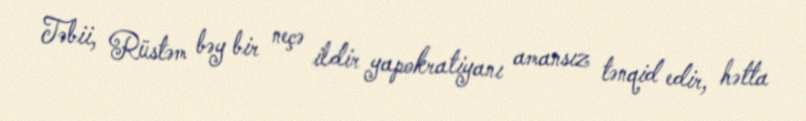
Təbii, Rüstəm bəy bir neçə ildir yapokratiyanı amansız tənqid edir, hətta